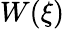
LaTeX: W(\xi)